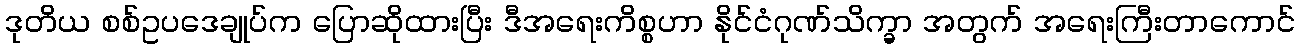
ဒုတိယ စစ်ဥပဒေချုပ်က ပြောဆိုထားပြီး ဒီအရေးကိစ္စဟာ နိုင်ငံဂုဏ်သိက္ခာ အတွက် အရေးကြီးတာကောင်